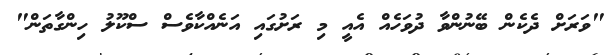
"ވަރަށް ދެކެން ބޭނުންވާ ދުވަހެއް އެއީ މި ރަށުގައި އަނެއްކާވެސް ސްކޫލު ހިންގާތަން"